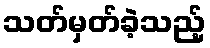
သတ်မှတ်ခဲ့သည့်